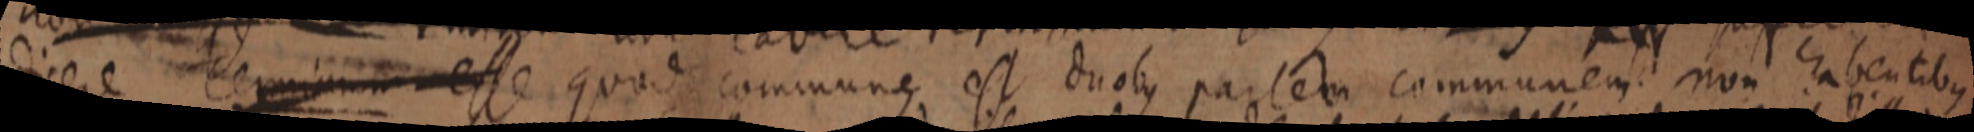
dicere terminum esse quod commune est duobus partem communem non habentibus